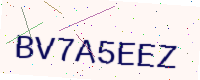
Text: BV7A5EEZ